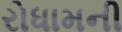
રોધામની